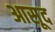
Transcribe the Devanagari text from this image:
आसूद